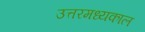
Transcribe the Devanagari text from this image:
उत्तरमध्यकाल